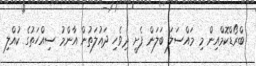
ބްރޯޑްކޮމްއިން މި މައްސަލަ ބަލަން ފެށީ ދިވެހި ދައުލަތުން އާންމު ސިއްހަތުގެ ކުއްލި